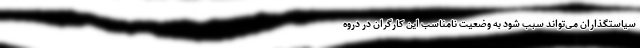
سیاستگذاران می‌تواند سبب شود به وضعیت نامناسب این کارگران در دروه